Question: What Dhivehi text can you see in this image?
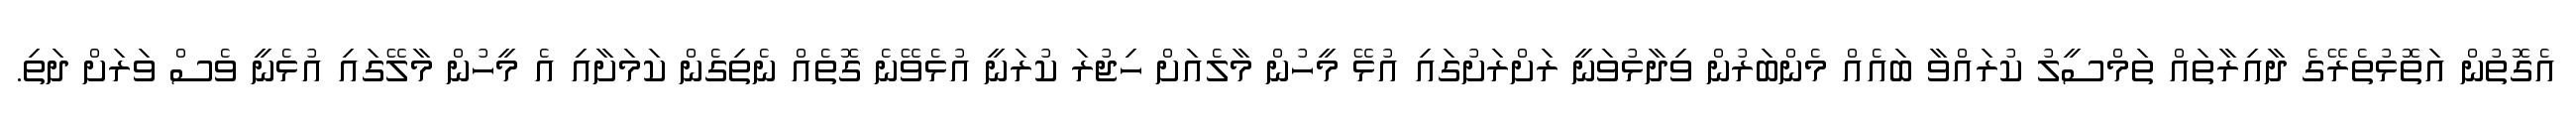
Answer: އެގޮތުން އަތޮޅުތެރޭގެ ދާއިރާތައް ތަމްސީލު ކުރައްވާ ބައެއް މެންބަރުން ވިދާޅުވަނީ ރަށްރަށުގައި އުޅޭ މީހުން މާލެއަށް ހިޖުރަ ކުރަނީ އުޅެވޭނެ ގޮތެއް ނެތިގެން ކަމަށާއި އެ މީހުން މާލޭގައި އުޅެނީ ވެސް ވަރަށް ދަތި.